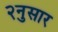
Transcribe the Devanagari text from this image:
२नुसार